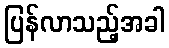
ပြန်လာသည့်အခါ